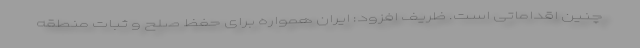
چنین اقداماتی است. ظریف افزود: ایران همواره برای حفظ صلح و ثبات منطقه